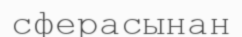
сферасынан